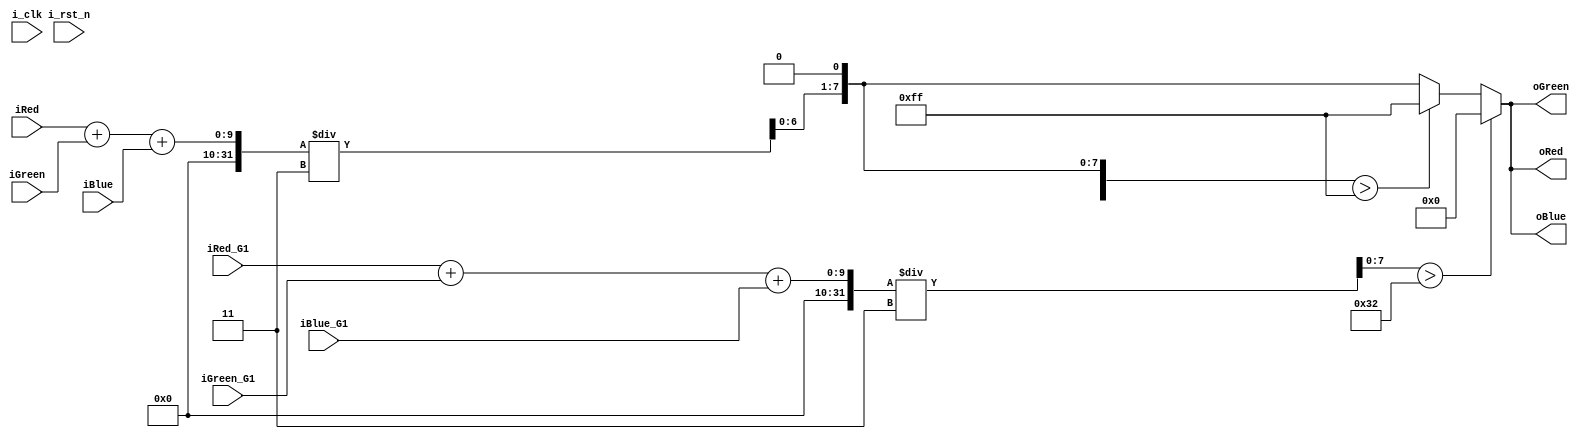
// Function: Filter Gradient 1 and output sketch gray
// Input: R_G1, G_G1, B_G1, R, G, B
// Output: R, G, B
module Sketch_Mask(i_clk, i_rst_n, iRed, iGreen, iBlue, iRed_G1, iGreen_G1, iBlue_G1, oRed, oGreen, oBlue);
    input        i_clk;
    input        i_rst_n;
    input  [7:0] iRed;
    input  [7:0] iGreen;
    input  [7:0] iBlue;
    input  [7:0] iRed_G1;
    input  [7:0] iGreen_G1;
    input  [7:0] iBlue_G1;
    output [7:0] oRed;
    output [7:0] oGreen;
    output [7:0] oBlue;

    wire   [9:0] tmpgray;
    wire   [9:0] tmpGrad;

    parameter THRESHOLD = 50;

    assign tmpgray = ({2'd0, iRed} + {2'd0, iGreen} + {2'd0, iBlue}) / 3;
    assign tmpGrad = ({2'd0, iRed_G1} + {2'd0, iGreen_G1} + {2'd0, iBlue_G1}) / 3;

    assign oRed   = (tmpGrad[7:0] > THRESHOLD) ? 0 : (((tmpgray<<1) > 255) ? 255 : tmpgray<<1);
    assign oGreen = (tmpGrad[7:0] > THRESHOLD) ? 0 : (((tmpgray<<1) > 255) ? 255 : tmpgray<<1);
    assign oBlue  = (tmpGrad[7:0] > THRESHOLD) ? 0 : (((tmpgray<<1) > 255) ? 255 : tmpgray<<1);

endmodule // Gray_Level